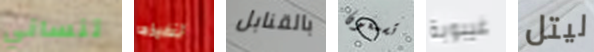
تنساني تنفيذها بالقنابل تسمعون غيبوبة ليتل